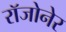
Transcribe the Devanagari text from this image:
रॉजोनेर